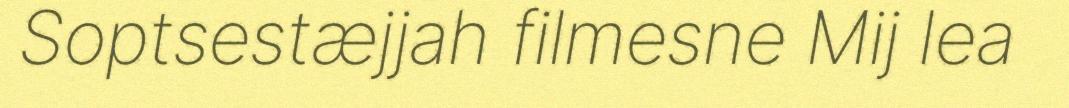
Soptsestæjjah filmesne Mij lea